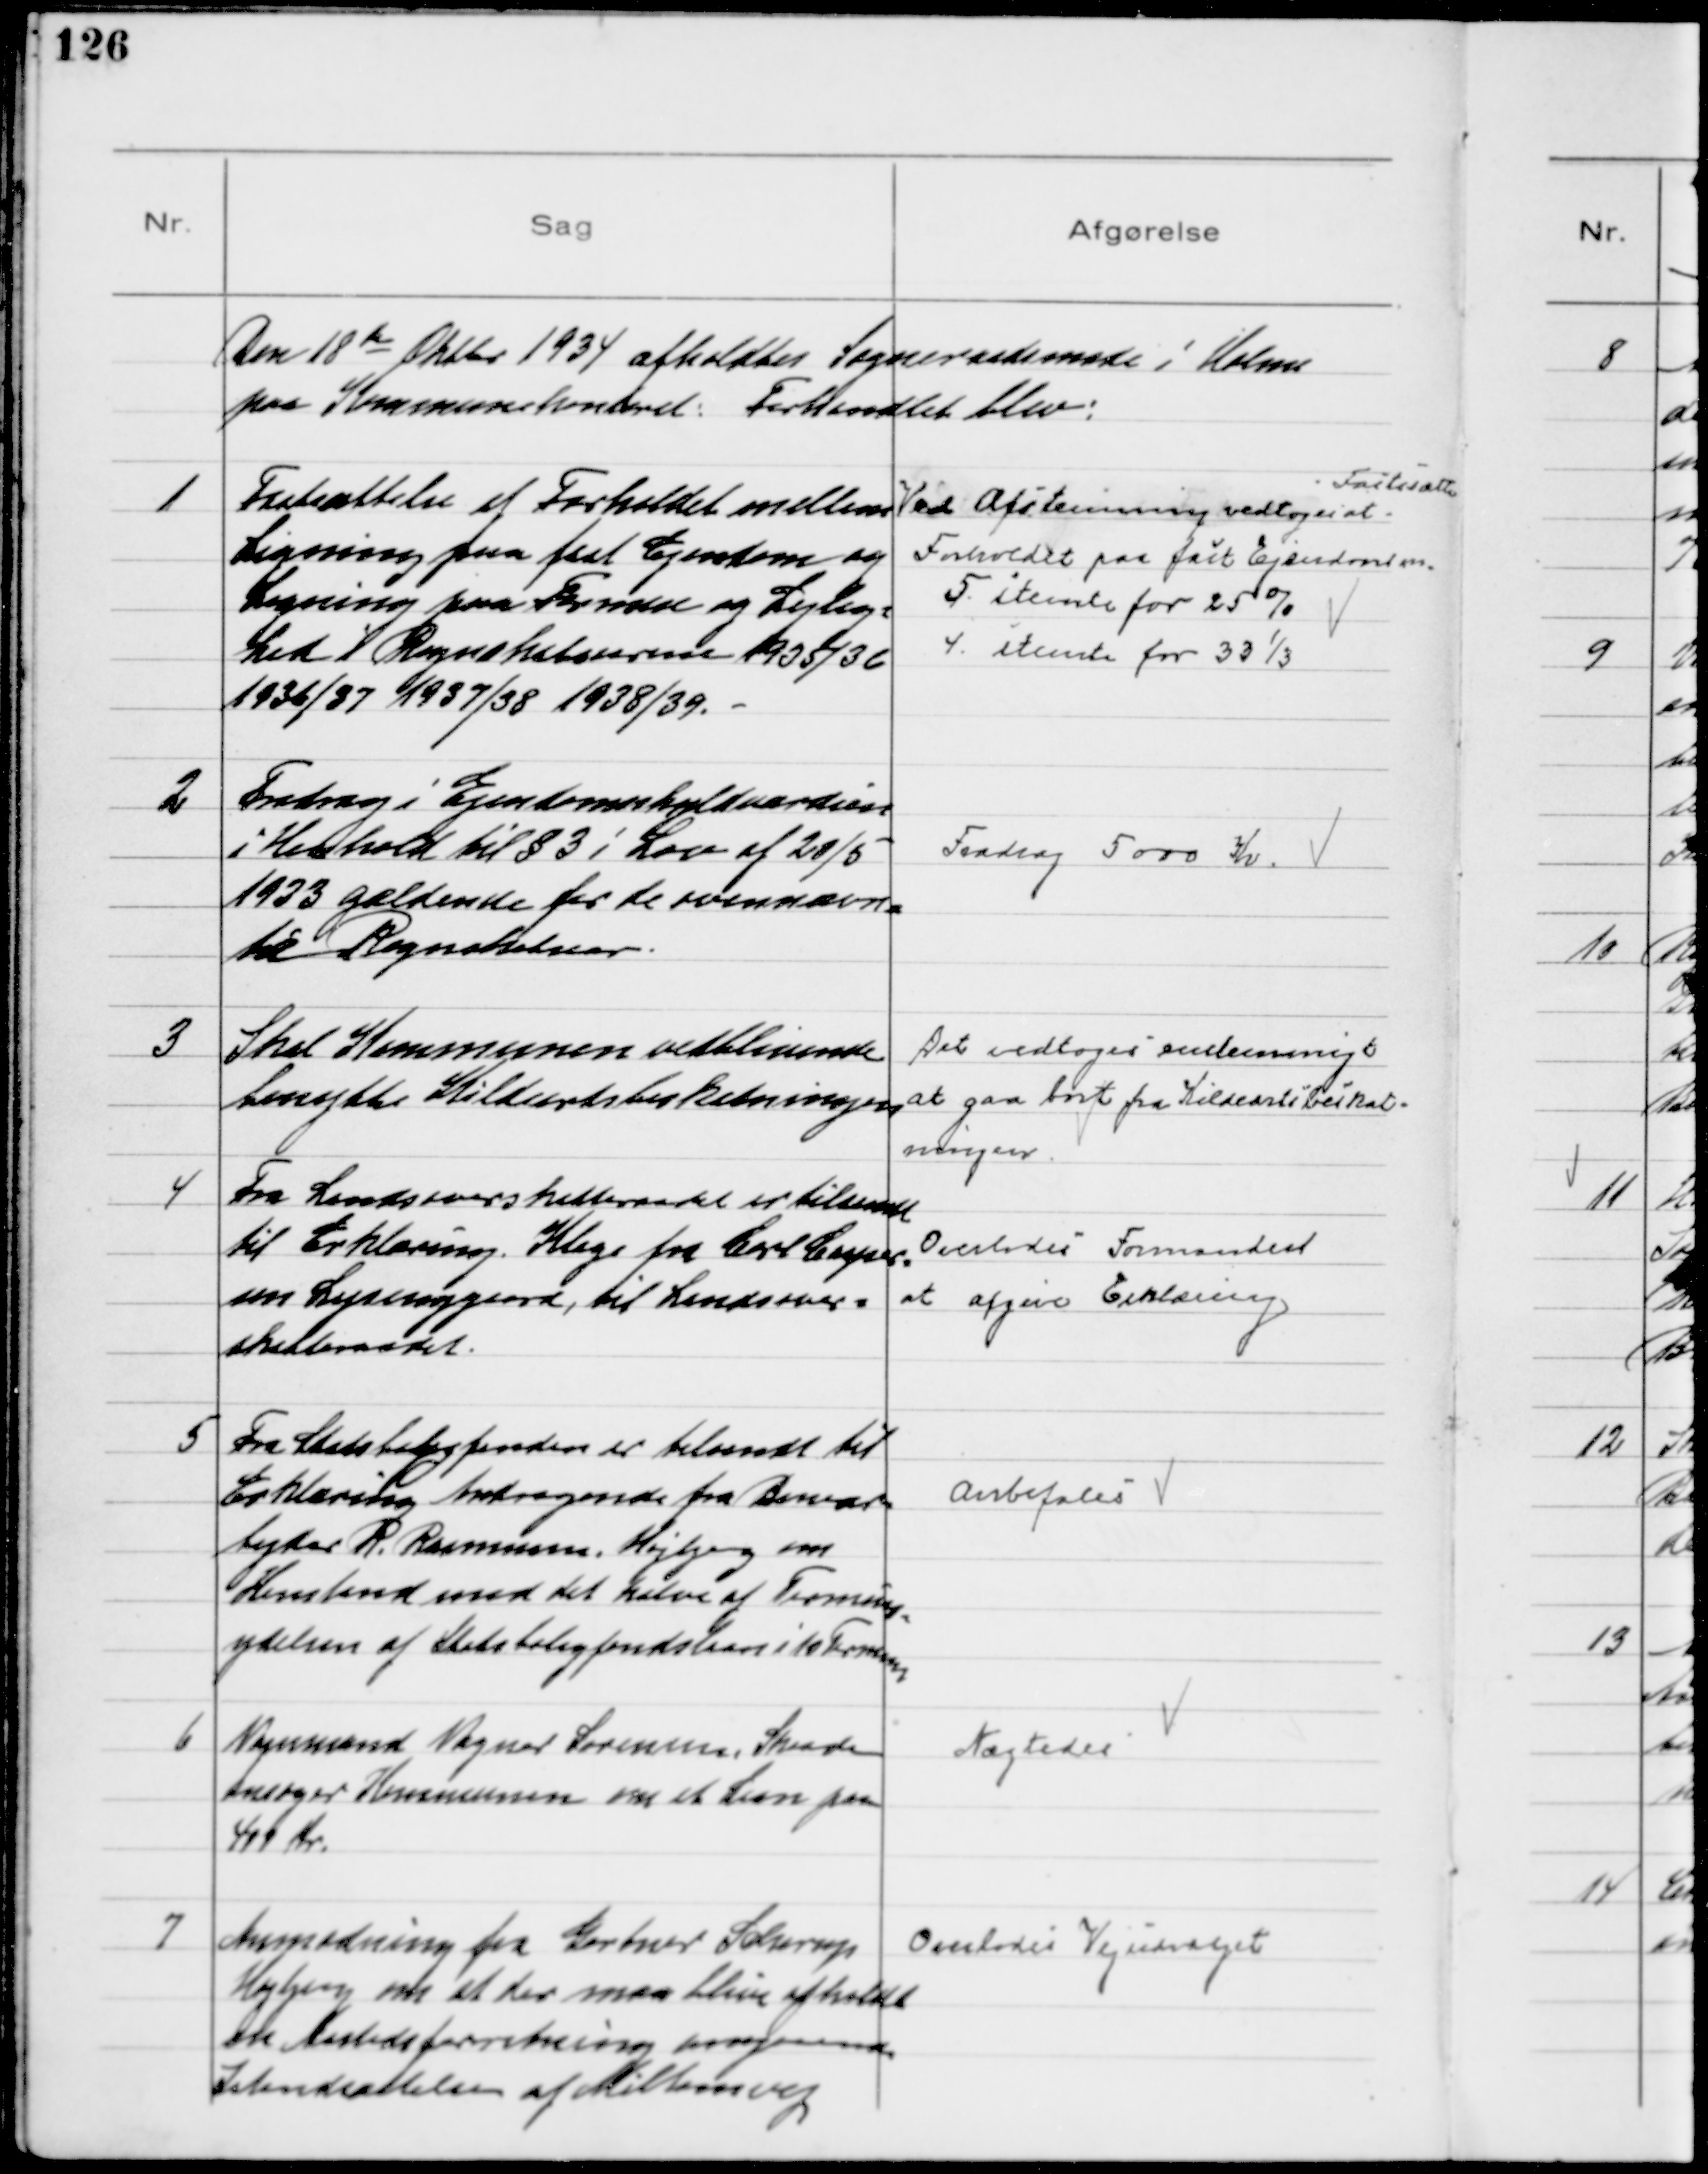
Transskription:
Den 18de Oktbr 1934 afholdtes Sogneraadsmøde i Holme
paa Kommunekontoret. Forhandlet blev:

1
Fastsættelse af Forholdet mellem
Ligning paa fast Ejendom og
Ligning paa Formue og Lejlig=
hed i Regnskabsaarene 1935/36
1936/37 1937/38 1938/39.

Ved Afstemning vedtoges at
Fastsætte
Forholdet paa fast Ejendom
5 stemte for 25%
4 stemte for 33⅓%

2
Fradrag i Ejendomsskyldværdien
i Henhold til § 3 i Lov af 20/5
1933 gældende for de ovennævn=
te Regnskabsaar.

Fradrag 5000 Kr.

3
Skal Kommunen vedblivende
benytte Kildeartsbeskatningen
Det vedtoges enstemmigt
at gaa bort fra Kildeartsbeskat=
ningen.

4
Fra Landsoverskatteraadet er tilsendt
til Erklæring. Klage fra Carl Casper=
sen Lysenggaard, til Landsover=
skatteraadet.
Overlodes Formanden
at afgive Erklæring

5
Fra Statsboligfonden er tilsendt til
Erklæring Andragende fra Banear=
bejder R. Rasmussen, Højbjerg om
Henstand med det halve af Termins
=
ydelsen af Statsboligfondslaan i 10 Terminer

Anbefales

6
Vognmand Vagner Sørensen, Skaade
ansøger Kommunen om et Laan paa
400 Kr.

Nægtedes

7
Anmodning fra Gartner Scherup
Højbjerg om at der maa blive afholdt
en Aastedsforretning angaaende
Istandsættelsen af Miltonsvej

Overlodes Vejudvalget